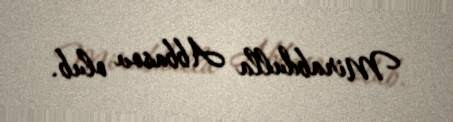
Mirabdulla Abbasov olub.